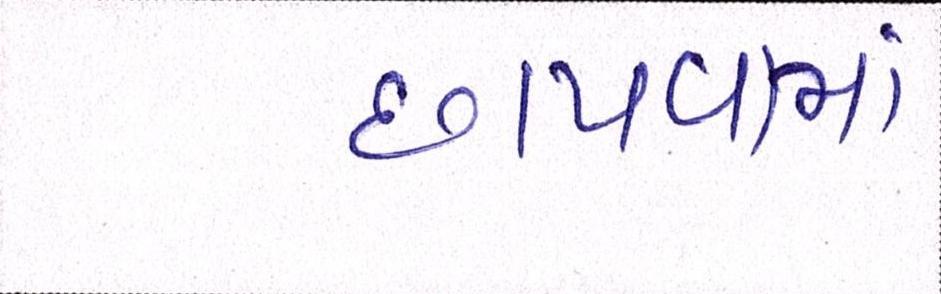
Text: છાપવામાં